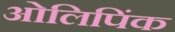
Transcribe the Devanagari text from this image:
ओलिपिंक